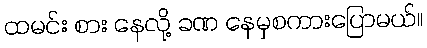
ထမင်း စား နေလို့ ခဏ နေမှစကားပြောမယ်။